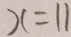
x = 1 1